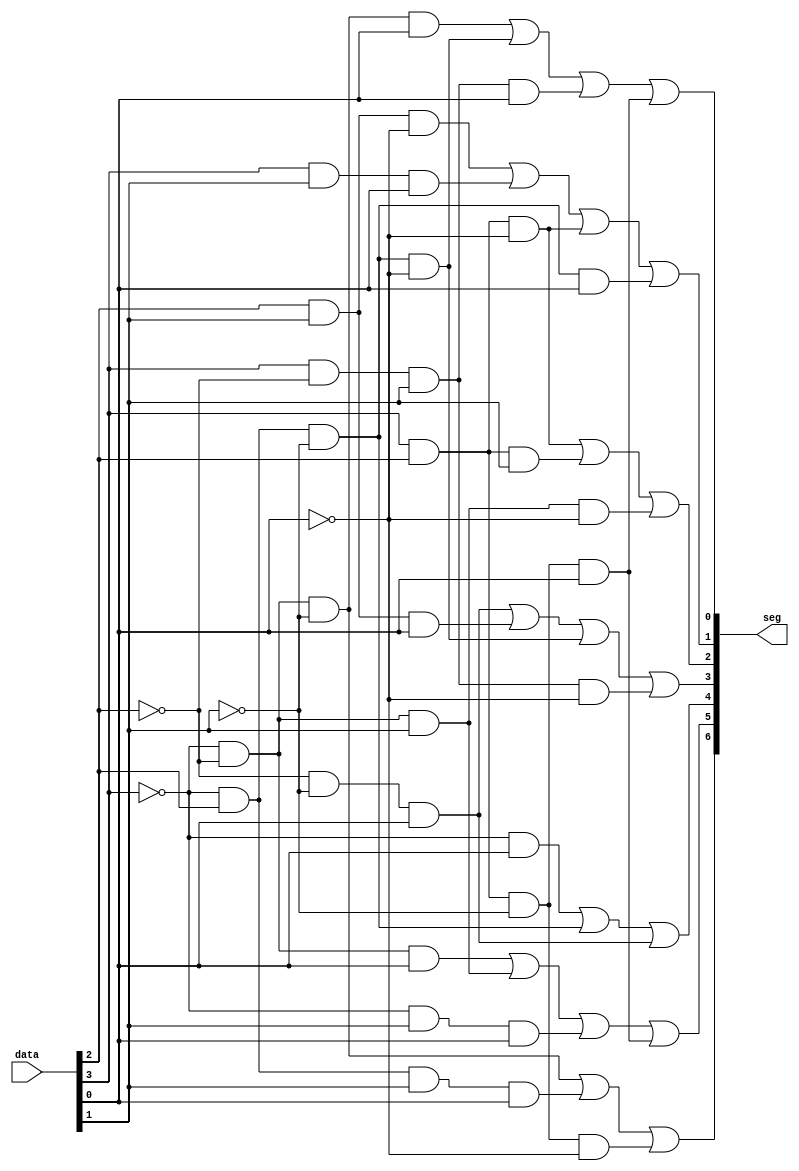
module sseg_driver(
    input [3:0]data,
	output [6:0]seg

);
//wires correlate to each bit of data input for A, B, C, D and their respective nots
wire A, B, C, D, Anot, Bnot, Cnot, Dnot;

//different and combinations of the data inputs and not versions for each segment
wire AnotBnotCnotD, AnotBCnotDnot, ABnotCD, ABCnotD, BCDnot, ACD, ABDnot, AnotBCnotD;
wire ABC, AnotBnotCDnot, BnotCnotD, BCD, ABnotCDnot, AnotD, AnotB, BnotCnotD;
wire AnotBnotD, AnotBnotC, AnotCD, AnotBnotCnot, AnotBCD, ABCnotDnot;

//simplifying data
assign A = data[3];
assign B = data[2];
assign C = data[1];
assign D = data[0];
//not gates
not noA(Anot, A);
not noB(Bnot, B);
not noC(Cnot, C);
not noD(Dnot, D);

//similarities between segments 
and AnotBCnotDnot(AnotBCnotDnot, Anot, B, Cnot, Dnot);
and ABCnotD (ABCnotD, A, B, Cnot, D);
and ABDnot (ABDnot, A, B, Dnot);
and BnotCnotD (BnotCnotD, Bnot, Cnot, D);

//seg[0]
and AnotBnotCnotD (AnotBnotCnotD, Anot, Bnot, Cnot, D);
and ABnotCD (ABnotCD, A, Bnot, C,D);
or seg0 (seg[0], AnotBnotCnotD, AnotBCnotDnot, ABnotCD, ABCnotD);

//seg[1]
and BCDnot (BCDnot, B, C, Dnot);
and ACD (ACD, A,C,D);
and AnotBCnotD (AnotBCnotD, Anot, B, Cnot,D);
or seg1 (seg[1], BCDnot, ACD, ABDnot, AnotBCnotD);

//seg[2]
and ABC (ABC, A,B,C);
and AnotBnotCDnot (AnotBnotCDnot, Anot, Bnot, C, Dnot);
or seg2 (seg[2], ABDnot, ABC, AnotBnotCDnot);

//seg [3] 
and BCD (BCD, B, C,D);
and ABnotCDnot (ABnotCDnot, A, Bnot,C,Dnot);
or seg3 (seg[3], BnotCnotD, BCD, AnotBCnotDnot, ABnotCDnot);

//seg[4] 
and AnotD (AnotD, Anot,D);
and AnotBCnot (AnotBCnot, Anot, B,Cnot);
or seg4 (seg[4], AnotD, AnotBCnot, BnotCnotD);

//seg[5]
and AnotBnotD (AnotBnotD, Anot, Bnot, D);
and AnotBnotC (AnotBnotC, Anot, Bnot, C);
and AnotCD (AnotCD, Anot, C,D);
or seg5 (seg[5], AnotBnotD, AnotBnotC, AnotCD, ABCnotD);

//seg[6]
and AnotBnotCnot (AnotBnotCnot, Anot, Bnot, Cnot);
and AnotBCD (AnotBCD, Anot, B,C,D);
and ABCnotDnot (ABCnotDnot, A,B,Cnot,Dnot);
or seg6 (seg[6], AnotBnotCnot, AnotBCD, ABCnotDnot);

endmodule